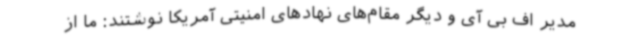
مدیر اف بی آی و دیگر مقام‌های نهادهای امنیتی آمریکا نوشتند: ما از